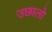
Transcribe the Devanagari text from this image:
उछालो